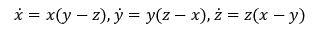
\dot { x } = x ( y - z ) , \dot { y } = y ( z - x ) , \dot { z } = z ( x - y )